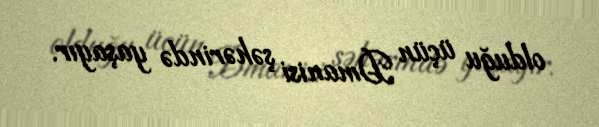
olduğu üçün Dmanisi şəhərində yaşayır.